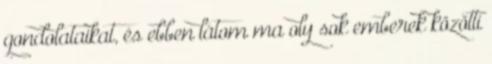
gondolataikat, és ebben látom ma oly sok emberek közötti